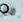
مع